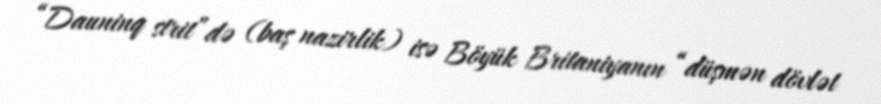
“Dauninq strit”də (baş nazirlik) isə Böyük Britaniyanın “düşmən dövlət